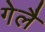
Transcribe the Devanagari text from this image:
गेलै